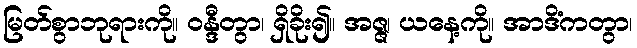
မြတ်စွာဘုရားကို။ ဝန္ဒီတွာ၊ ရှိခိုး၍။ အဇ္ဇ၊ ယနေ့ကို။ အာဒိံကတွာ၊